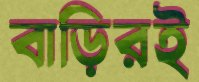
বাড়িরই